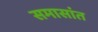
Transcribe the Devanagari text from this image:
समासांत